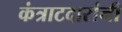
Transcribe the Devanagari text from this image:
कंत्राटदारांनी